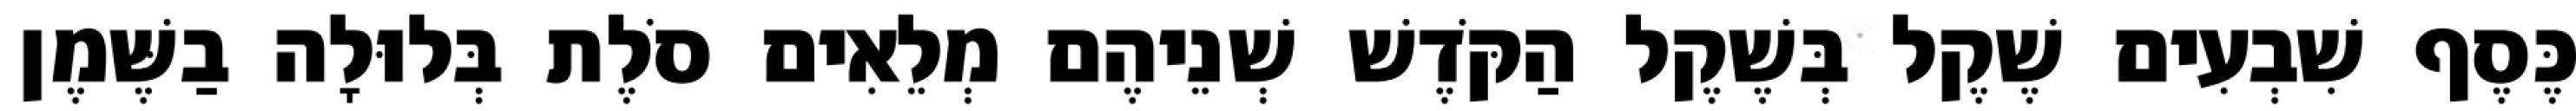
כֶּסֶף שִׁבְעִים שֶׁקֶל בְּשֶׁקֶל הַקֹּדֶשׁ שְׁנֵיהֶם מְלֵאִים סֹלֶת בְּלוּלָה בַשֶּׁמֶן